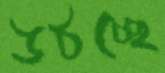
উঠচ্ছে